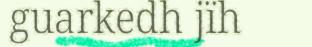
guarkedh jïh